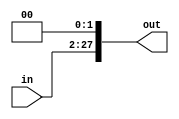
module Shift2b26(input[25:0] in,output[27:0] out);
	assign out = {in , 2'b00};
endmodule